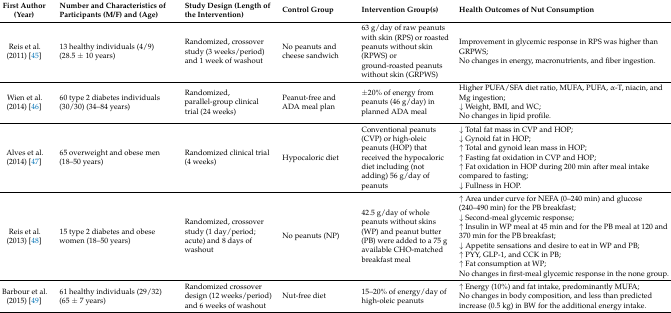
| First Author (Year) | Number and Characteristics of Participants (M/F) and (Age) | Study Design (Length of the Intervention) | Control Group | Intervention Group(s) | Health Outcomes of Nut Consumption |
 | --- | --- | --- | --- | --- | --- |
 | Reis et al. (2011) [45] | 13 healthy individuals (4/9) (28.5 ± 10 years) | Randomized, crossover study (3 weeks/period) and 1 week of washout | No peanuts and cheese sandwich | 63 g/day of raw peanuts with skin (RPS) or roasted peanuts without skin (RPWS) or ground-roasted peanuts without skin (GRPWS) | Improvement in glycemic response in RPS was higher than GRPWS;No changes in energy, macronutrients, and fiber ingestion. |
 | Wien et al. (2014) [46] | 60 type 2 diabetes individuals (30/30) (34–84 years) | Randomized, parallel-group clinical trial (24 weeks) | Peanut-free and ADA meal plan | ±20% of energy from peanuts (46 g/day) in planned ADA meal | Higher PUFA/SFA diet ratio, MUFA, PUFA, α-T, niacin, and Mg ingestion;↓ Weight, BMI, and WC;No changes in lipid profile. |
 | Alves et al. (2014) [47] | 65 overweight and obese men (18–50 years) | Randomized clinical trial (4 weeks) | Hypocaloric diet | Conventional peanuts (CVP) or high-oleic peanuts (HOP) that received the hypocaloric diet including (not adding) 56 g/day of peanuts | ↓ Total fat mass in CVP and HOP;↓ Gynoid fat in HOP;↑ Total and gynoid lean mass in HOP;↑ Fasting fat oxidation in CVP and HOP;↑ Fat oxidation in HOP during 200 min after meal intake compared to fasting;↓ Fullness in HOP. |
 | Reis et al. (2013) [48] | 15 type 2 diabetes and obese women (18–50 years) | Randomized, crossover study (1 day/period; acute) and 8 days of washout | No peanuts (NP) | 42.5 g/day of whole peanuts without skins (WP) and peanut butter (PB) were added to a 75 g available CHO-matched breakfast meal | ↑ Area under curve for NEFA (0–240 min) and glucose (240–490 min) for the PB breakfast;↓ Second-meal glycemic response;↑ Insulin in WP meal at 45 min and for the PB meal at 120 and 370 min for the PB breakfast;↓ Appetite sensations and desire to eat in WP and PB;↑ PYY, GLP-1, and CCK in PB;↑ Fat consumption at WP;No changes in first-meal glycemic response in the none group. |
 | Barbour et al. (2015) [49] | 61 healthy individuals (29/32) (65 ± 7 years) | Randomized crossover design (12 weeks/period) and 6 weeks of washout | Nut-free diet | 15–20% of energy/day of high-oleic peanuts | ↑ Energy (10%) and fat intake, predominantly MUFA;No changes in body composition, and less than predicted increase (0.5 kg) in BW for the additional energy intake. |